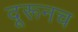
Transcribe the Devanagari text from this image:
दूरूनच